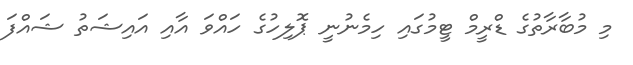
މި މުބާރާތުގެ ޑްރީމް ޓީމުގައި ހިމެނުނީ ޕޮލިހުގެ ހައްވަ އާއި އައިޝަތު ޝައްފަ